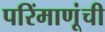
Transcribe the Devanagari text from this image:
परिंमाणूंची